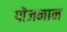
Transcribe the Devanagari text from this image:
पोंजनान